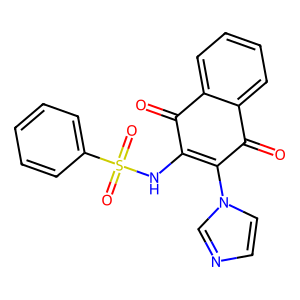
SMILES: O=C1C(NS(=O)(=O)c2ccccc2)=C(n2ccnc2)C(=O)c2ccccc21
Inhibits HIV replication: No